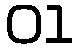
01